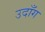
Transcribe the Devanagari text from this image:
उदाँग